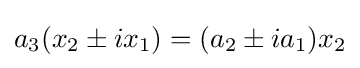
a_{3}(x_{2}\pm ix_{1})=(a_{2}\pm ia_{1})x_{2}